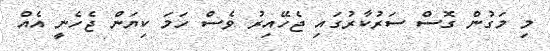
މި މަގުން ގޮސް ސަރުކާރުގައި ޖެހޭއިރު ވެސް ހަމަ ކިޔަން ޖެހެނީ އެއް